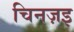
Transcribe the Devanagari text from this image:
चिनज़इ